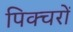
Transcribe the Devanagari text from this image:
पिक्चरों